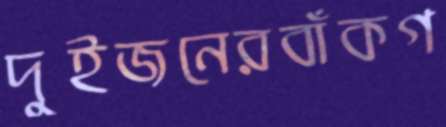
দুইজনেরবাঁকগ